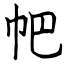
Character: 帊